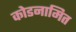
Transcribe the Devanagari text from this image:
कोडनामित